Annual report of the Punjab Veterinary College and of the Civil Veterinary Department, Punjab - 1920-1925
Year: 1920
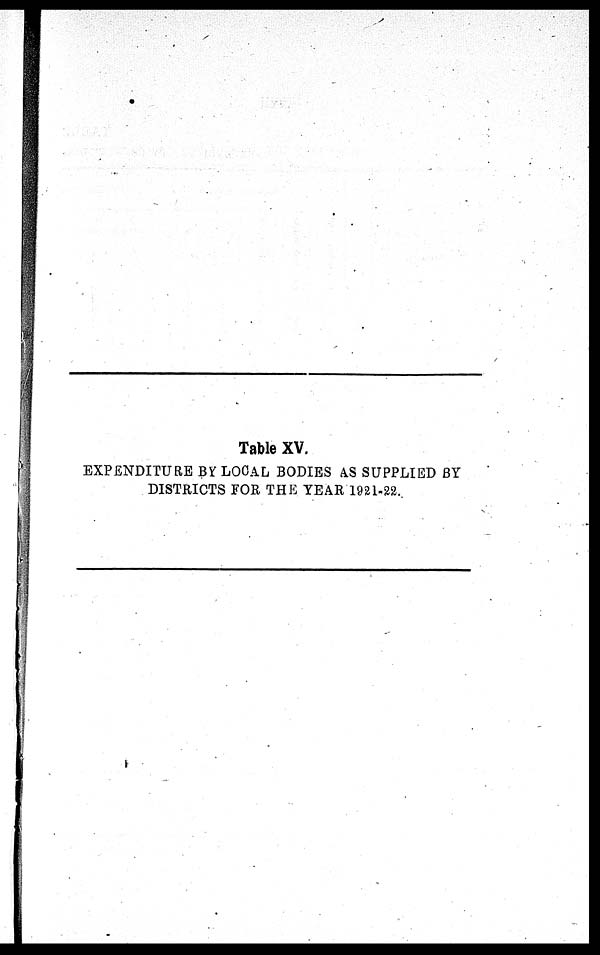
Table XV.
EXPENDITURE BY LOCAL BODIES AS SUPPLIED BY
DISTRICTS FOR THE YEAR 1921-22.